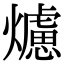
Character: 爈